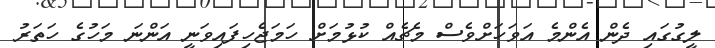
ލީގުގައި ދެން އެންމެ އަވަހަށްވެސް މެޗެއް ކުޅުމަށް ހަމަޖެހިފައިވަނީ އަންނަ މަހުގެ ހަތަރު